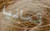
المانيا